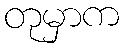
တုမှာက